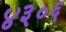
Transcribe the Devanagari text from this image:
४३०६